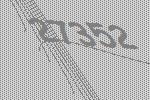
27352